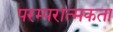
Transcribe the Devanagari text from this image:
परम्परात्मकता